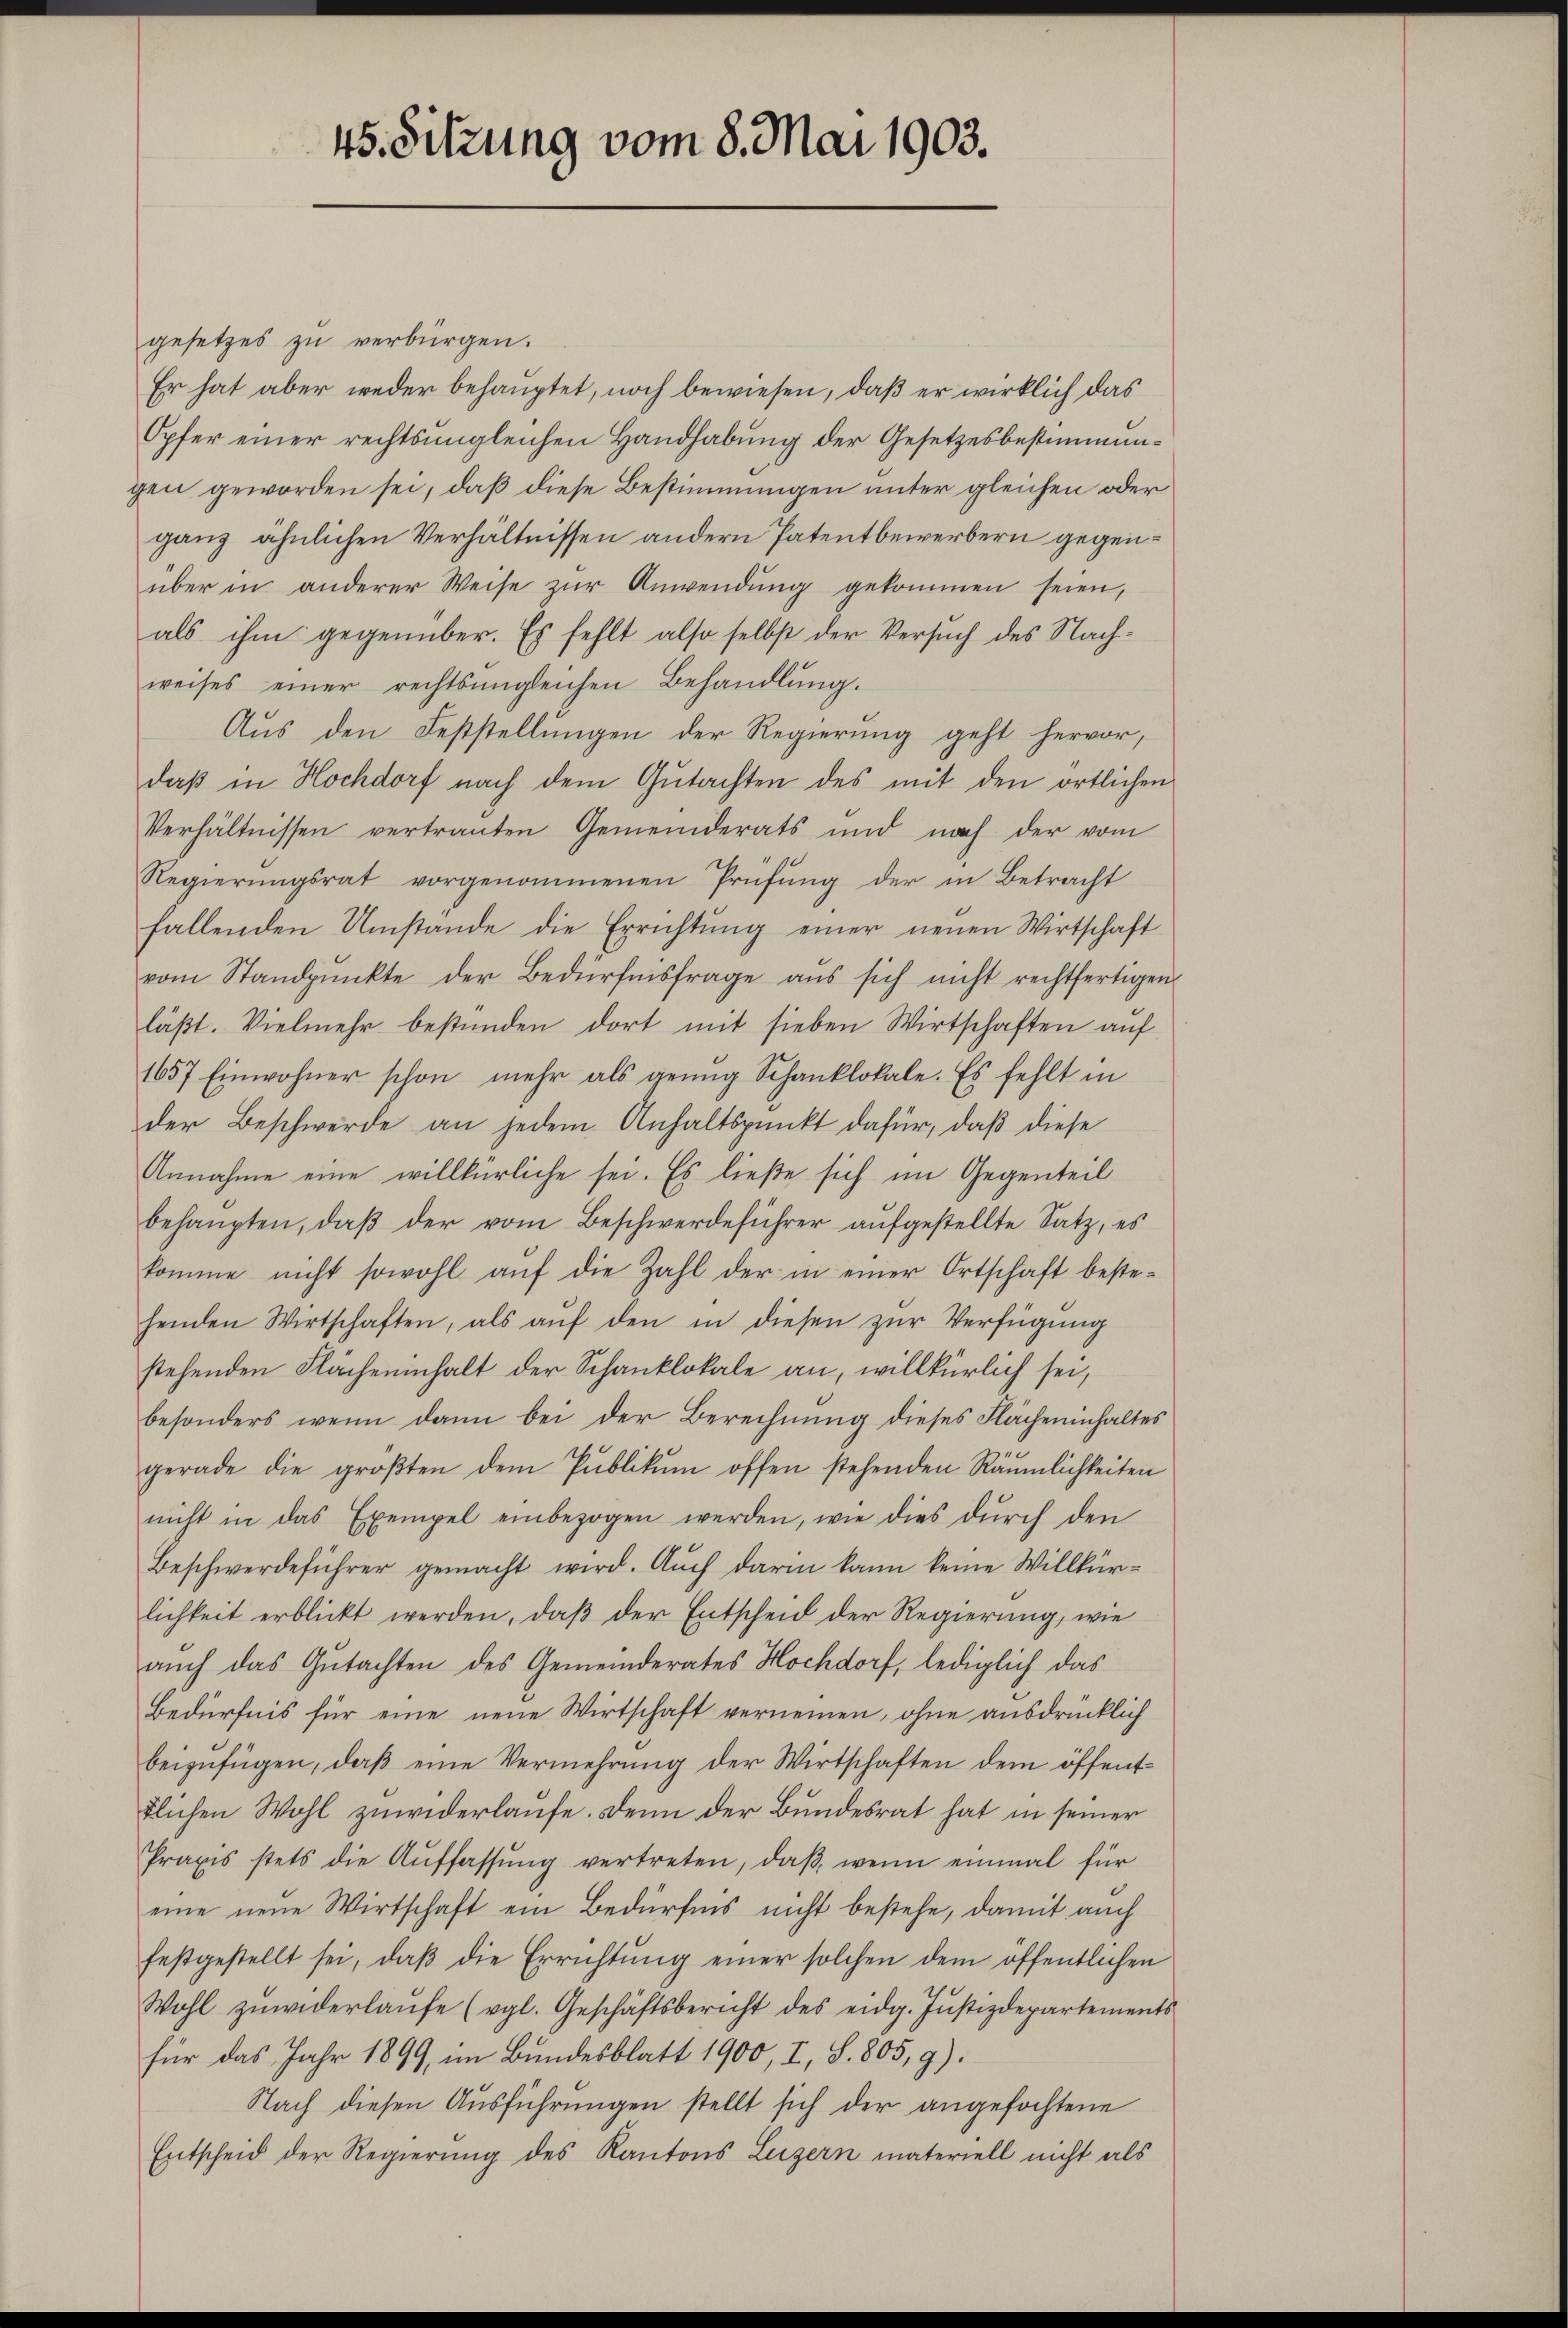
45. Sitzung vom 8. Mai 1903.

gesetzes zu verbürgen.
Er hat aber weder behauptet, noch bewiesen, daß er wirklich das
Opfer einer rechtsungleichen Handhabung der Gesetzesbestimmungen geworden sei, daß diese Bestimmungen unter gleichen oder
ganz ähnlichen Verhältnissen andern Patentbewerbern gegenüber in anderer Weise zŭr Anwendŭng gekommen seien,
als ihm gegenüber. Es fehlt also selbst der Versuch des Nachweises einer rechtsangleichen Behandlŭng.
Aŭs den Feststellŭngen der Regierŭng geht hervor,
daß in Hochdorf nach dem Gutachten des mit den örtlichen
Verhältnissen vertrauten Gemeinderats und nach der vom
Regierungsrat vorgenommenen Prüfung der in Betracht
fallenden Umstände die Errichtung einer neuen Wirtschaft
vom Standpŭnkte der Bedürfnisfrage ans sich nicht rechtfertigen
läßt. Vielmehr bestünden dort mit sieben Wirtschaften auf
1657 Einwohner schon mehr als genug Schanklokale. Es fehlt in
der Beschwerde an jedem Anhaltspunkt dafür, daß diese
Annahme eine willkürliche sei. Es ließe sich im Gegenteil
behaŭpten, daβ der vom Beschwerdeführer aufgestellte Satz, es
komme nicht sowohl aŭf die Zahl der in einer Ortschaft bestehenden Wirtschaften, als aŭf den in diesen zŭr Verfügung
stehenden Flächeninhalt der Schanklokale an, willkürlich sei,
besonders wenn dann bei der Berechnung dieses Flächeninhaltes
gerade die groβten dem Publikŭm offen stehenden Räumlichkeiten
nicht in das Exempel einbezogen werden, wie dies dŭrch den
Beschwerdeführer gemacht wird. Auch darin kann keine Willkürlichkeit erblickt werden, daß der Entscheid der Regierung, wie
auch das Gutachten des Gemeinderates Hochdorf, lediglich das
Bedürfnis für eine neue Wirtschaft vernennen, ohne ausdrücklich
beizufügen, daß eine Vermehrung der Wirtschaften dem öffenttlichen Wohl zuwiderlaufe. Denn der Bundesrat hat in seiner
Praxis stets die Aŭffassŭng vertreten, daβ wenn einmal für
eine neue Wirtschaft ein Bedürfnis nicht bestehe, damit auch
festgestellt sei, daβ die Errichtŭng einer solchen dem öffentlichen
Wohl zŭwiderlaŭfe (vgl. Geschäftsbericht des eidg. Jŭstizdepartements
für das Jahr 1899, im Bundesblatt 1900, I, S. 805,9).
Nach diesen Ausführungen stellt sich der angefochtene
Entscheid der Regierung des Kantons Luzern materiell nicht als